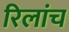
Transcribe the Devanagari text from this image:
रिलांच